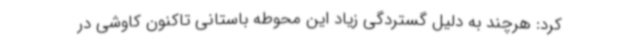
کرد: هرچند به دلیل گستردگی زیاد این محوطه باستانی تاکنون کاوشی در